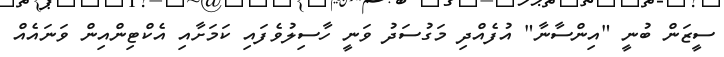
ސީޒަން ބުނީ "އިންސާނާ" އުފެއްދި މަގުސަދު ވަނީ ހާސިލުވެފައި ކަމަށާއި އެކްޓިންއިން ވަނައެއް